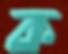
ক